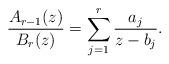
LaTeX: \begin{align*} \frac{A_{r-1}(z)}{B_r(z)} = \sum_{j=1}^r \frac{a_j}{z-b_j} . \end{align*}